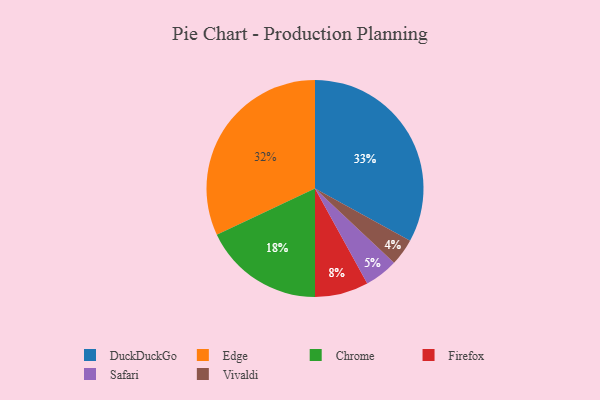
{"axis": {"x": "Category", "y": "Percentage"}, "legend": ["Chrome", "DuckDuckGo", "Edge", "Firefox", "Safari", "Vivaldi"], "data": [{"x": "Vivaldi", "y": 4, "type": "Vivaldi"}, {"x": "Edge", "y": 32, "type": "Edge"}, {"x": "DuckDuckGo", "y": 33, "type": "DuckDuckGo"}, {"x": "Chrome", "y": 18, "type": "Chrome"}, {"x": "Safari", "y": 5, "type": "Safari"}, {"x": "Firefox", "y": 8, "type": "Firefox"}]}